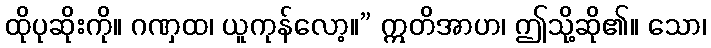
ထိုပုဆိုးကို။ ဂဏှထ၊ ယူကုန်လော့။” ဣတိအာဟ၊ ဤသို့ဆို၏။ သော၊